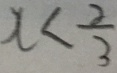
x < \frac { 2 } { 3 }